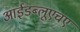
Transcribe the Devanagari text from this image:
आईडब्लूएचए